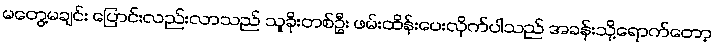
မတွေ့မချင်း ပြောင်းလည်းလာသည် သူခိုးတစ်ဦး ဖမ်းထိန်းပေးလိုက်ပါသည် အခန်းသို့ရောက်တော့